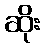
ဆိုး